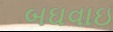
બઘવાઇ